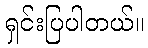
ရှင်းပြပါတယ်။